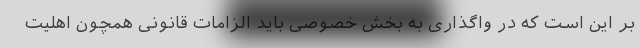
بر این است که در واگذاری به بخش خصوصی باید الزامات قانونی همچون اهلیت